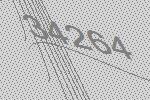
34264